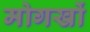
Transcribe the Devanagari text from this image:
मोगखों